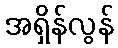
အရှိန်လွန်